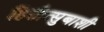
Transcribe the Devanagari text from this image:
हितोत्सुबाशी